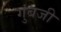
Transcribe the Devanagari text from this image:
गुंबजी